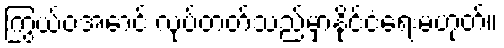
ကြွယ်ဝအောင် လုပ်တတ်သည်မှာနိုင်ငံရေးမဟုတ်။